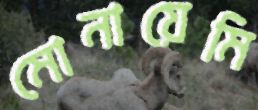
মোনায়েমি